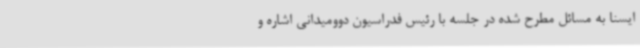
ایسنا به مسائل مطرح شده در جلسه با رئیس فدراسیون دوومیدانی اشاره و